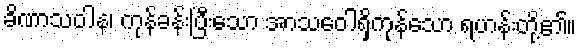
ခိဏာသဝါန၊ ကုန်ခန်းပြီးသော အာသဝေါရှိကုန်သော ရဟန်းတို့၏။